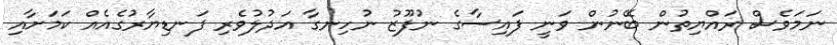
ނަމަވެސް ރައްޔިތުން ބޭނުން ވަނީ ފައިސާގެ ނުފޫޒު ނުހިނގާ އަދުލުވެރި ފަނޑިޔާރުގެއެއް ކަމަށާއި